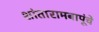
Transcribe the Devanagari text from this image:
शांतारामबापूंचे